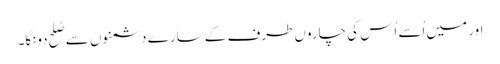
اور میں اُسے اُس کی چاروں طرف کے سارے دشمنوں سے صُلح دونگا۔